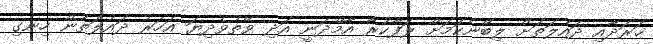
ޚަރަދާއި ދައުލަތަށް ލިބޭނެކަމަށް ލަފާކުރާ އާމްދަނީ އަދި ވޭތުވެދިޔަ އަހަރު ދައުލަތުން ހިނގި